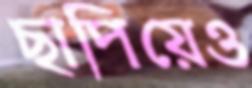
ছাপিয়েও